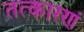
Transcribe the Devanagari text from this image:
तत्कारणं